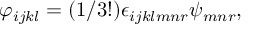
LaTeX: \varphi _ { i j k l } = ( 1 / 3 ! ) \epsilon _ { i j k l m n r } \psi _ { m n r } ,